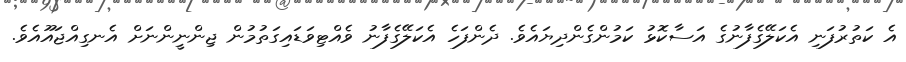
އެ ކަތުރުފަނި އެކަލޭގެފާނުގެ އަސާކޮޅު ކަމުންގެންދިޔައެވެ. ދެންފަހެ އެކަލޭގެފާނު ވެއްޓިވަޑައިގަތުމުން ޖިންނީންނަށް އެނގިއްޖައޫއެވެ.